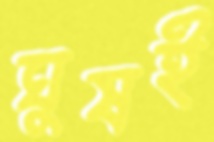
ঘুষই